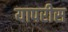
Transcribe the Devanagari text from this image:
यापरीस